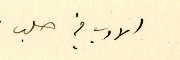
الادب في حلب